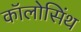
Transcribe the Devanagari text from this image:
कॉलोसिंथ